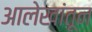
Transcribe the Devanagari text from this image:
आलेखांतून